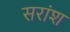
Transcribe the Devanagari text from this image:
सरांश